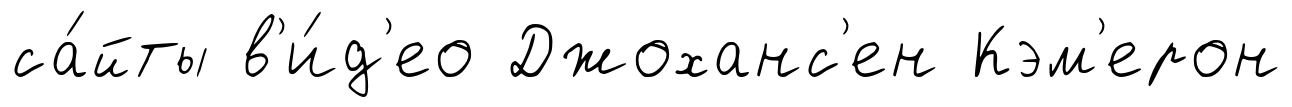
са́йты в'и́д'ео Джоханс'ен Кэм'ерон